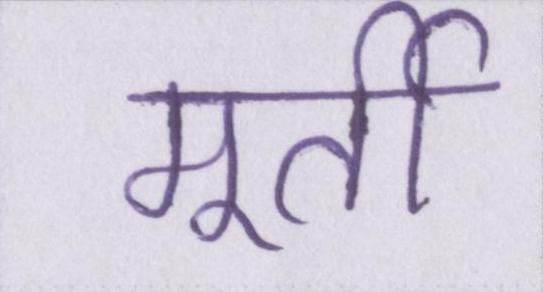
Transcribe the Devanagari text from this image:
मूर्ती